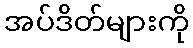
အပ်ဒိတ်များကို